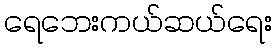
ရေဘေးကယ်ဆယ်ရေး